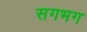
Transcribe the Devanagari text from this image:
सगभग